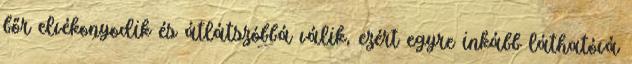
bőr elvékonyodik és átlátszóbbá válik, ezért egyre inkább láthatóvá